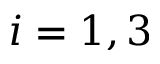
i = 1 , 3